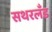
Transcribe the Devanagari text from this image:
सथरलँड